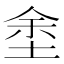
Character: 𡌆